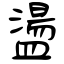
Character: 盪